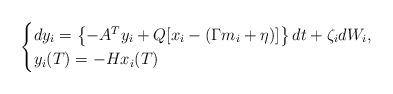
LaTeX: \begin{align*}\begin{cases}dy_i=\left\{-A^T y_i +Q[x_i-(\Gamma m_i+\eta)]\right\} dt +\zeta_i dW_i,\\y_i(T)=- H x_i(T)\end{cases}\end{align*}